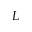
L